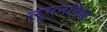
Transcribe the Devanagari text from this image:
लूगनविल